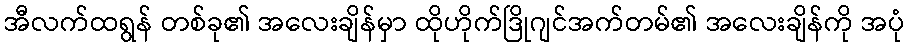
အီလက်ထရွန် တစ်ခု၏ အလေးချိန်မှာ ထိုဟိုက်ဒြိုဂျင်အက်တမ်၏ အလေးချိန်ကို အပုံ